Indian journal of veterinary science and animal husbandry - Volume 8,
Year: 1938
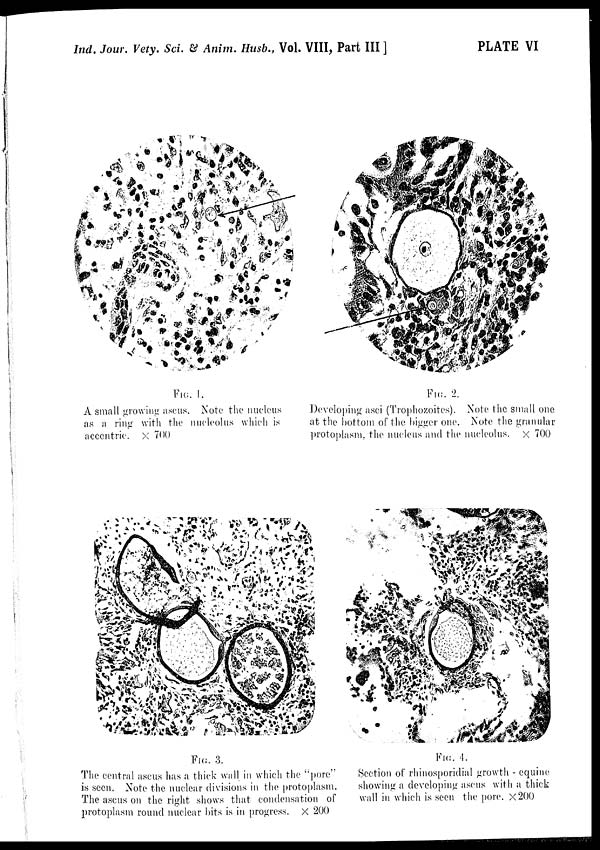
Ind. Jour. Vety. Sci. & Anim. Husb., Vol. VIII, Part III ]
PLATE VI
FIG. 1.
A small growing ascus. Note the nucleus
as a ring with the nucleolus which is
accentric. × 700
FIG. 2.
Developing asci (Trophozoites). Note the small one
at the bottom of the bigger one. Note the granular
protoplasm, the nucleus and the nucleolus. × 700
FIG. 3.
The central ascus has a thick wall in which the "pore"
is seen. Note the nuclear divisions in the protoplasm.
The ascus on the right shows that condensation of
protoplasm round nuclear bits is in progress. × 200
FIG. 4.
Section of rhinosporidial growth - equine
showing a developing ascus with a thick
wall in which is seen the pore. ×200